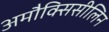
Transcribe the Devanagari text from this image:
अमौक्सिसीलिन